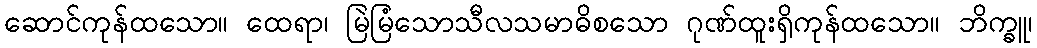
ဆောင်ကုန်ထသော။ ထေရာ၊ မြဲမြံသောသီလသမာဓိစသော ဂုဏ်ထူးရှိကုန်ထသော။ ဘိက္ခူ၊